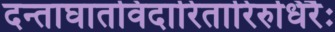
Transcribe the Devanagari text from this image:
दन्ताघातविदारितारिरुधिरैः